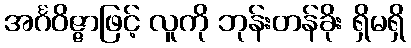
အင်္ဂဝိဇ္ဇာဖြင့် လူကို ဘုန်းတန်ခိုး ရှိမရှိ